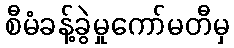
စီမံခန့်ခွဲမှုကော်မတီမှ